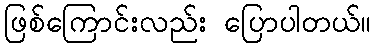
ဖြစ်ကြောင်းလည်း ပြောပါတယ်။